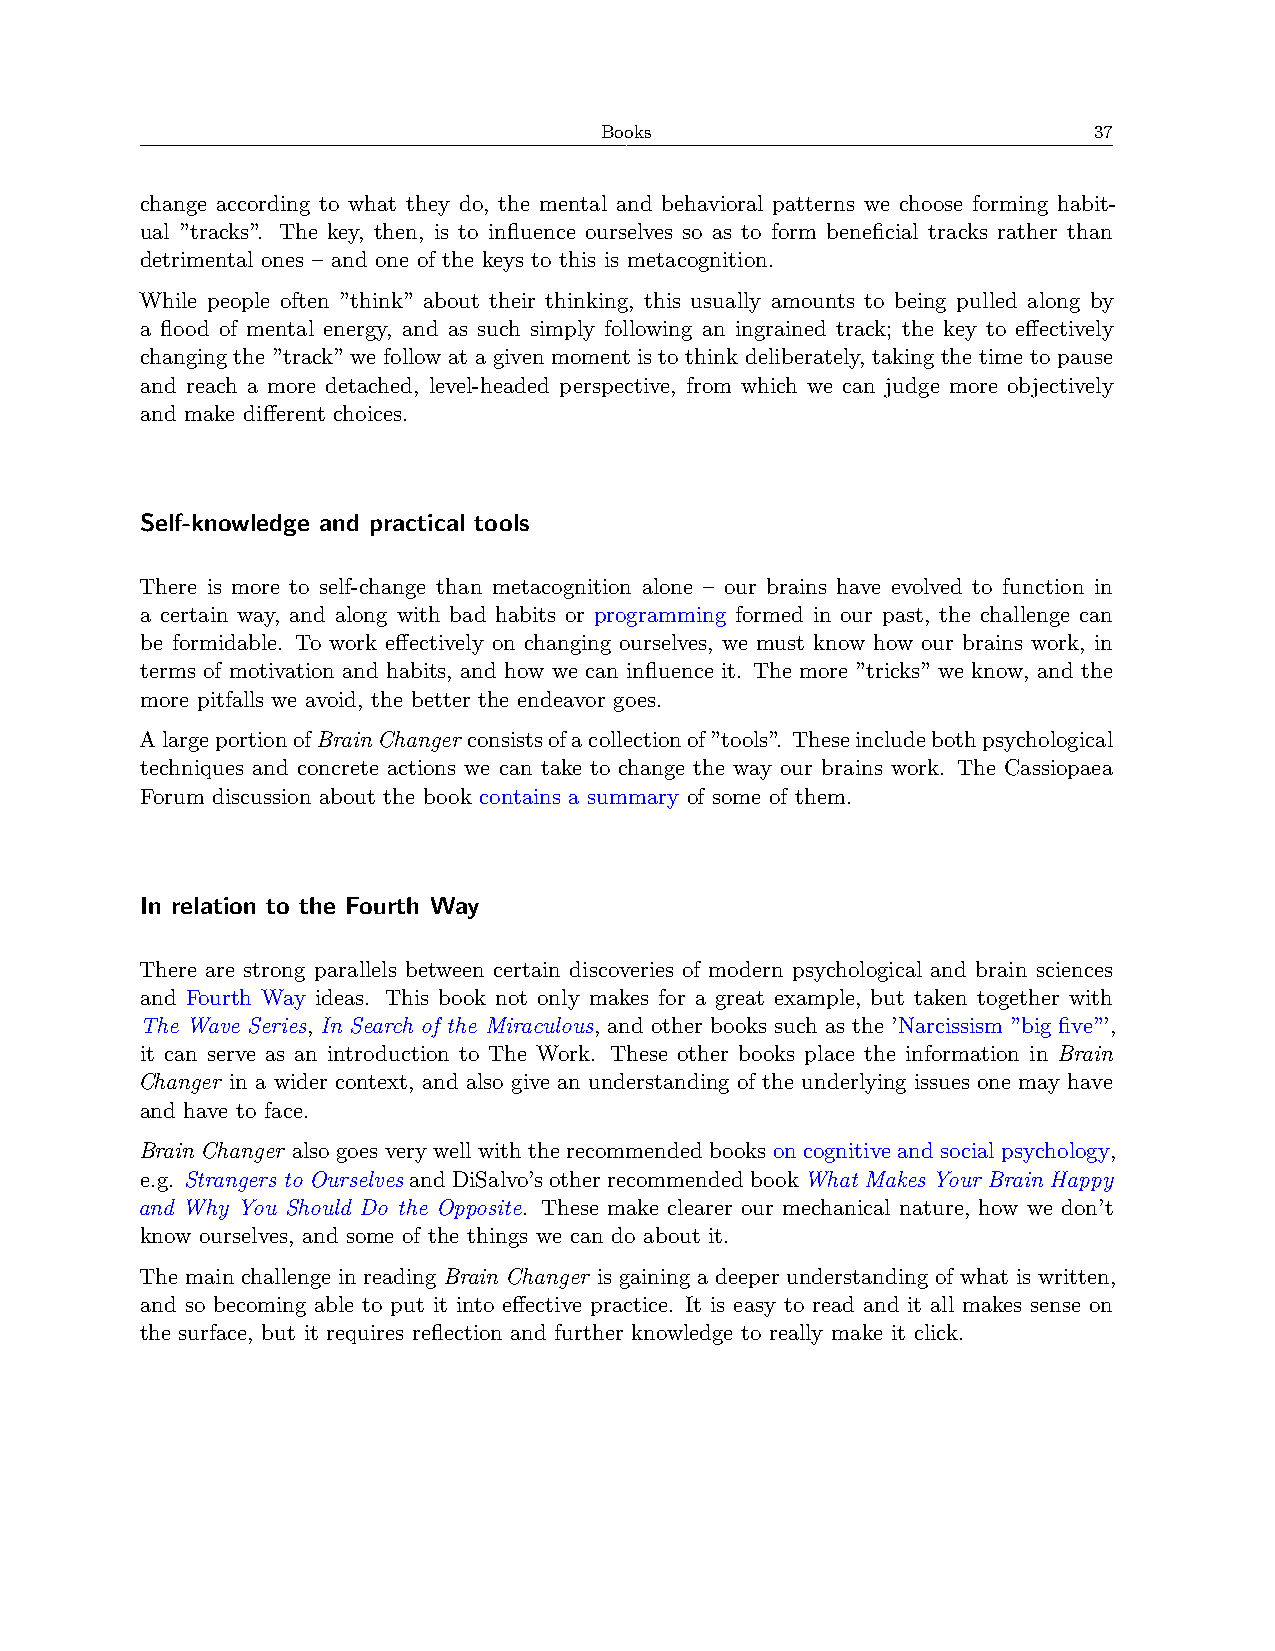
Books                           37
 change according to what they do, the mental and behavioral patterns we choose forming habit-
 ual ”tracks”. The key, then, is to influence ourselves so as to form beneficial tracks rather than
 detrimental ones – and one of the keys to this is metacognition.
 While people often ”think” about their thinking, this usually amounts to being pulled along by
 a flood of mental energy, and as such simply following an ingrained track; the key to effectively
 changing the ”track” we follow at a given moment is to think deliberately, taking the time to pause
 and reach a more detached, level-headed perspective, from which we can judge more objectively
 and make different choices.
 Self-knowledge and practical tools
 There is more to self-change than metacognition alone – our brains have evolved to function in
 a certain way, and along with bad habits or programming formed in our past, the challenge can
 be formidable. To work effectively on changing ourselves, we must know how our brains work, in
 terms of motivation and habits, and how we can influence it. The more ”tricks” we know, and the
 more pitfalls we avoid, the better the endeavor goes.
 AlargeportionofBrainChanger consistsofacollectionof”tools”. Theseincludebothpsychological
 techniques and concrete actions we can take to change the way our brains work. The Cassiopaea
 Forum discussion about the book contains a summary of some of them.
 In relation to the Fourth Way
 There are strong parallels between certain discoveries of modern psychological and brain sciences
 and Fourth Way ideas. This book not only makes for a great example, but taken together with
 The Wave Series, In Search of the Miraculous, and other books such as the ’Narcissism ”big five”’,
 it can serve as an introduction to The Work. These other books place the information in Brain
 Changer in a wider context, and also give an understanding of the underlying issues one may have
 and have to face.
 Brain Changer alsogoesverywellwiththerecommendedbooks oncognitiveandsocial psychology,
 e.g. Strangers to OurselvesandDiSalvo’sotherrecommendedbookWhat Makes Your Brain Happy
 and Why You Should Do the Opposite. These make clearer our mechanical nature, how we don’t
 know ourselves, and some of the things we can do about it.
 The main challenge in reading Brain Changer is gaining a deeper understanding of what is written,
 and so becoming able to put it into effective practice. It is easy to read and it all makes sense on
 the surface, but it requires reflection and further knowledge to really make it click.